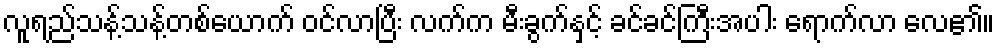
လူရည်သန့်သန့်တစ်ယောက် ဝင်လာပြီး လက်က မီးခွက်နှင့် ခင်ခင်ကြီးအပါး ရောက်လာ လေ၏။